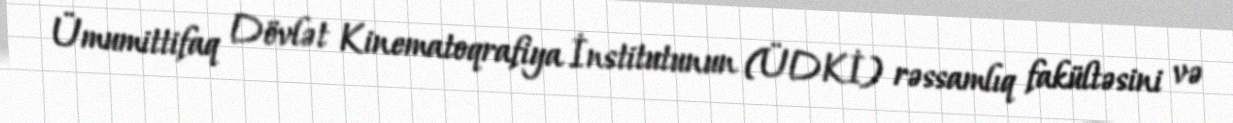
Ümumittifaq Dövlət Kinematoqrafiya İnstitutunun (ÜDKİ) rəssamlıq fakültəsini və